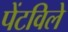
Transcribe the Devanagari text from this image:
पेंटविले